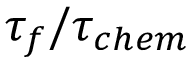
\tau _ { f } / \tau _ { c h e m }